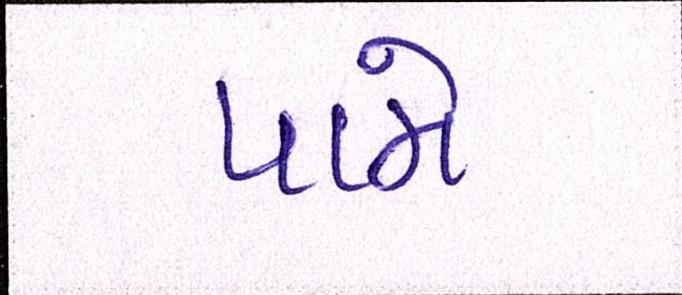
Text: પામે